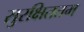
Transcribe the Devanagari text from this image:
सुरक्षिततम